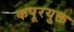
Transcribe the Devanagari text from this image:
कपूरयुक्त